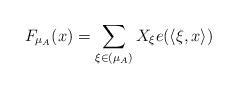
LaTeX: \begin{align*}F_{\mu_A}(x)= \sum_{\xi \in (\mu_A)}X_{\xi}e(\langle\xi , x\rangle) \end{align*}